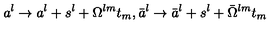
a ^ { l } \rightarrow a ^ { l } + s ^ { l } + \Omega ^ { l m } t _ { m } , \bar { a } ^ { l } \rightarrow \bar { a } ^ { l } + s ^ { l } + \bar { \Omega } ^ { l m } t _ { m }